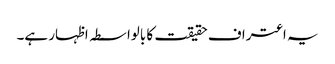
یہ اعتراف حقیقت کا بالواسطہ اظہار ہے۔